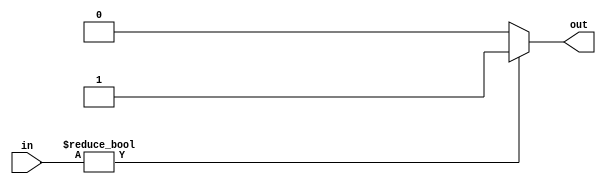
module overflow (in, out);

input [15:0] in;

output reg out;


always @ (*)
begin
	if(in != 16'h0000)
		out = 1;
	else
		out = 0;
end


endmodule